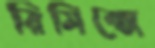
রিমিক্সে